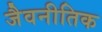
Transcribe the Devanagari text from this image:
जैवनीतिक